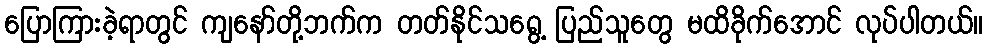
ပြောကြားခဲ့ရာတွင် ကျနော်တို့ဘက်က တတ်နိုင်သရွေ့ ပြည်သူတွေ မထိခိုက်အောင် လုပ်ပါတယ်။